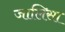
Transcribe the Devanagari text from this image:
जालिसा